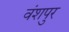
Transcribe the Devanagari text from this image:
वंशपुर